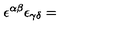
\epsilon ^ { \alpha \beta } \epsilon _ { \gamma \delta } =